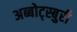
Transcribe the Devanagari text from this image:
अब्बोट्स्बुरी